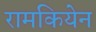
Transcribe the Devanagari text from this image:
रामकियेन